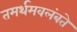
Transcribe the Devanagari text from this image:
तमर्थमवलंबते